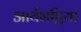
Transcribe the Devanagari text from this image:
आर्यभट्टिया